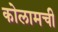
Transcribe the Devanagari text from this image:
कोलामची